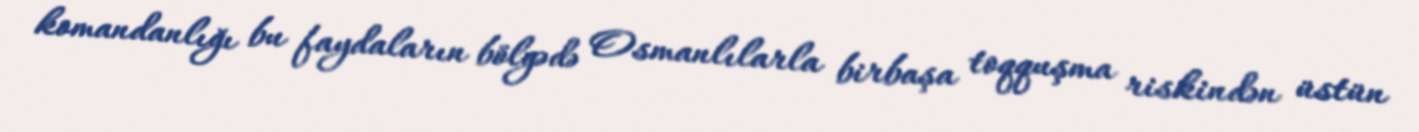
komandanlığı bu faydaların bölgədə Osmanlılarla birbaşa toqquşma riskindən üstün